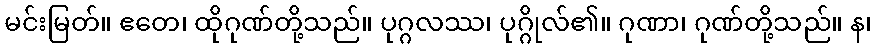
မင်းမြတ်။ ဧတေ၊ ထိုဂုဏ်တို့သည်။ ပုဂ္ဂလဿ၊ ပုဂ္ဂိုလ်၏။ ဂုဏာ၊ ဂုဏ်တို့သည်။ န၊